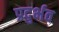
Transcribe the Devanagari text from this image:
प्रदुर्भव